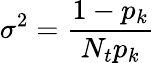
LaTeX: \sigma^{2}=\frac{1-p_{k}}{N_{t}p_{k}}